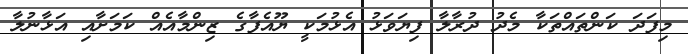
މިފަދަ ކަންތައްތަކާ މެދު ދުރާލާ ފިޔަވަޅު އެޅުމަކީ ޔޫއެފާގެ ޒިންމާއެއް ކަމަށާއި އަޅާނުލާ